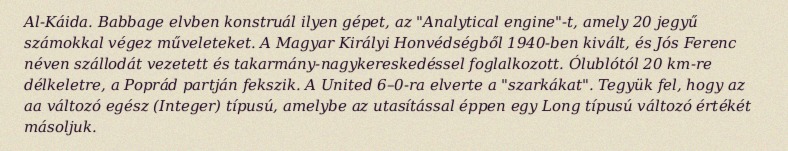
Al-Káida. Babbage elvben konstruál ilyen gépet, az "Analytical engine"-t, amely 20 jegyű számokkal végez műveleteket. A Magyar Királyi Honvédségből 1940-ben kivált, és Jós Ferenc néven szállodát vezetett és takarmány-nagykereskedéssel foglalkozott. Ólublótól 20 km-re délkeletre, a Poprád partján fekszik. A United 6–0-ra elverte a "szarkákat". Tegyük fel, hogy az aa változó egész (Integer) típusú, amelybe az utasítással éppen egy Long típusú változó értékét másoljuk.